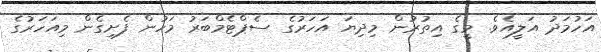
އަހުމަދު އަލީއެވެ. މީގެ އިތުރުން މިދިޔަ އަހަރުގެ ސެޕްޓެމްބަރު މަހުން ފެށިގެން މިއަހަރުގެ